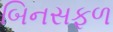
બિનસફળ